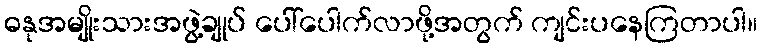
ဓနုအမျိုးသားအဖွဲ့ချုပ် ပေါ်ပေါက်လာဖို့အတွက် ကျင်းပနေကြတာပါ။